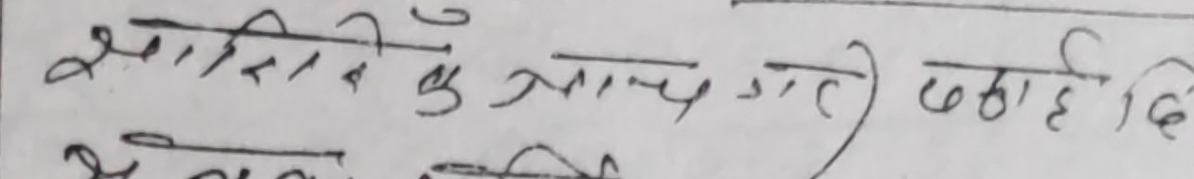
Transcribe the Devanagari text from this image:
आशिर के साथ आए कहा हिदि